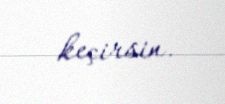
keçirsin.